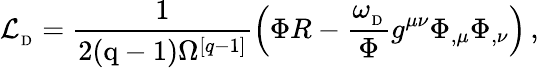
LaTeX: {\cal L}_{_\mathrm{D}}={\frac{1}{2(\mathrm{q-1})\Omega^{[q-1]}}}\Big(\Phi R-{\frac{\omega_{_\mathrm{D}}}{\Phi}}g^{\mu\nu}\Phi_{,\mu}\Phi_{,\nu}\Big)\, ,